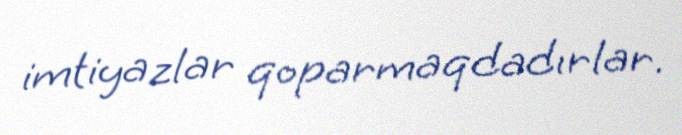
imtiyazlar qoparmaqdadırlar.